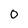
Character: 0